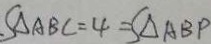
S _ { \Delta A B C } = 4 = S _ { \Delta A B P }